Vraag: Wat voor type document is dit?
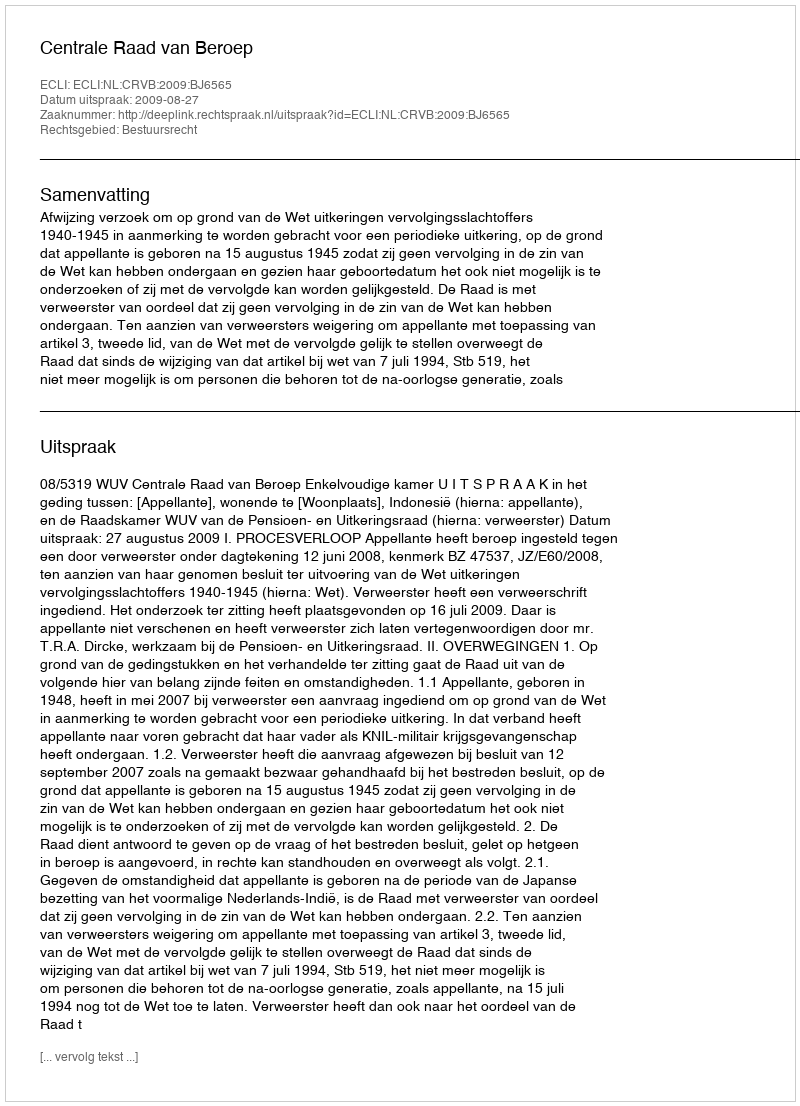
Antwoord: Uitspraak